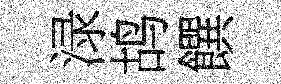
渌鸪饌